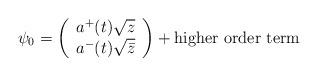
LaTeX: \begin{align*}\psi_0=\left(\begin{array}{c}a^+(t)\sqrt{z}\\a^-(t)\sqrt{\bar{z}}\end{array}\right)+\mbox{higher order term}\end{align*}